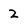
Character: 2